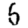
Digit: 5